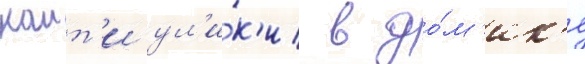
наит'и ул'и́к'и в до́м'ик'е